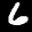
Label: 6